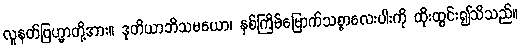
လူနတ်ဗြဟ္မာတို့အား။ ဒုတိယာဘိသမယော၊ နှစ်ကြိမ်မြောက်သစ္စာလေးပါးကို ထိုးထွင်း၍သိသည်။